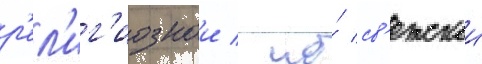
р'ел'иг'иознои / но́ св'етскои